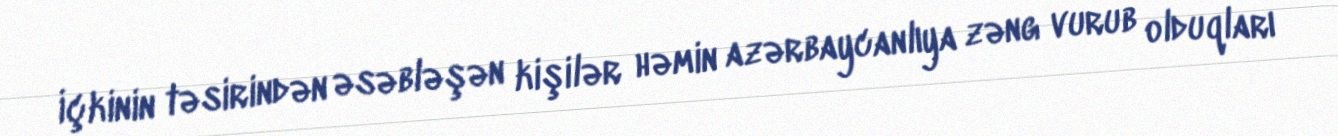
İçkinin təsirindən əsəbləşən kişilər həmin azərbaycanlıya zəng vurub olduqları